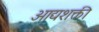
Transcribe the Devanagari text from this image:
आद्यशक्ती